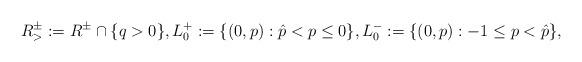
LaTeX: \begin{align*} R^{\pm}_{>}:=R^{\pm} \cap \{q>0\}, L^+_{0}:=\{(0,p):\hat{p} <p \leq 0\}, L^-_{0}:=\{(0,p):-1 \leq p < \hat{p} \},\end{align*}